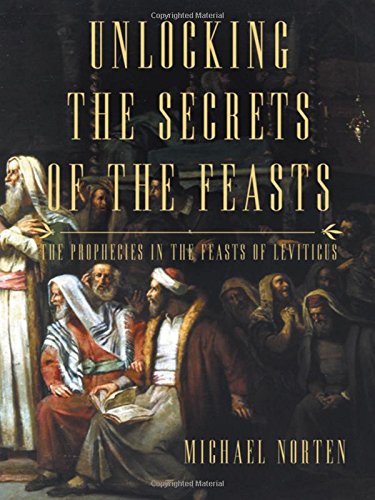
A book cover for Unlocking the Secrets of the Feasts: The Prophecies in the Feasts of Leviticus; Michael Norten; Christian Books & Bibles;